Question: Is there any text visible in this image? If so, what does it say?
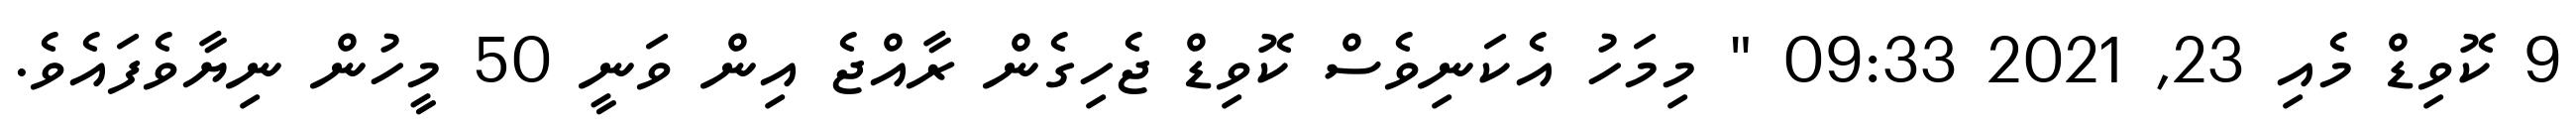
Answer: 9 ކޮވިޑް މެއި 23, 2021 09:33 " މިމަހު އެކަނިވެސް ކޮވިޑް ޖެހިގެން ރާއްޖެ އިން ވަނީ 50 މީހުން ނިޔާވެފައެވެ.